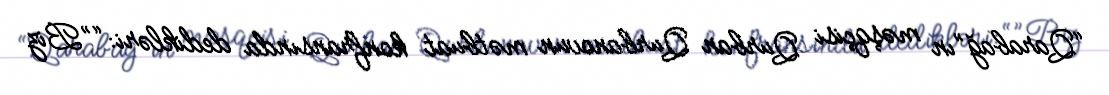
“Qarabağ”ın məşqçisi Qurban Qurbanovun mətbuat konfransında dedikləri: “”Biz